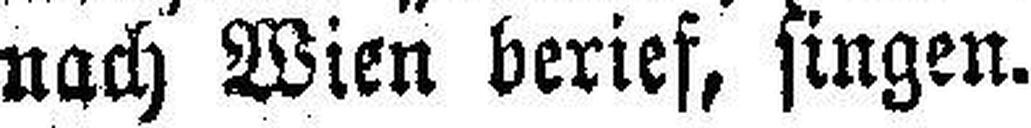
nach Wien berief, singen.